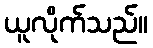
ယူလိုက်သည်။